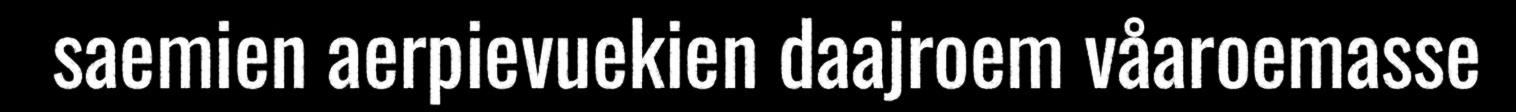
saemien aerpievuekien daajroem våaroemasse